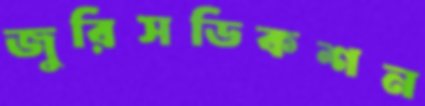
জুরিসডিকশন